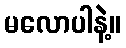
မလောပါနဲ့။